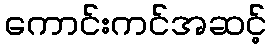
ကောင်းကင်အဆင့်